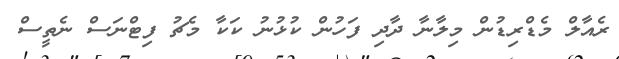
ރެއާލް މެޑްރިޑުން މިލާނާ ދާދި ފަހުން ކުޅުނު ކަކާ މެޗު ފިޓްނަސް ނެތީސް